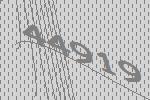
44919